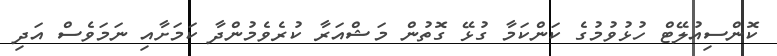
ކޮންސިއުލޭޓް ހުޅުވުމުގެ ކަންކަމާ ގުޅޭ ގޮތުން މަޝްއަރާ ކުރެވެމުންދާ ކަމަށާއި ނަމަވެސް އަދި